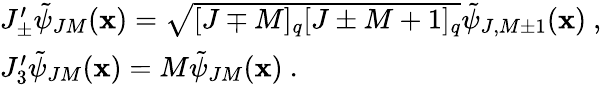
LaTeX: \begin{array}{l}{{J_{\pm}^{\prime}\tilde{\psi}_{JM}({\mathbf x})=\sqrt{[J\mp M]_{q}[J\pm M+1]_{q}}\tilde{\psi}_{J,M\pm 1}({\mathbf x})~,}}\\ {{J_{3}^{\prime}\tilde{\psi}_{JM}({\mathbf x})=M\tilde{\psi}_{JM}({\mathbf x})~.}}\end{array}